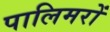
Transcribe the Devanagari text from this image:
पालिमरों